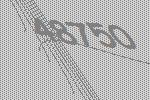
48750